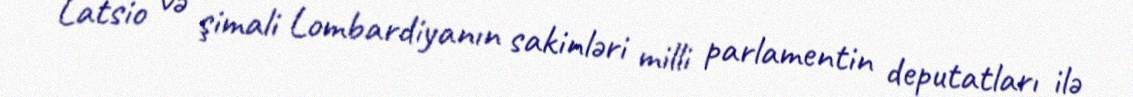
Latsio və şimali Lombardiyanın sakinləri milli parlamentin deputatları ilə